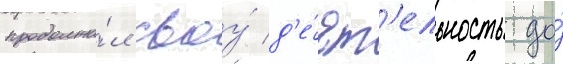
продолжа́л своу́ д'е́ят'ельность до́